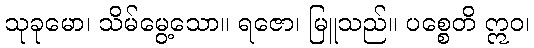
သုခုမော၊ သိမ်မွေ့သော။ ရဇော၊ မြူသည်။ ပစ္စေတိ ဣဝ၊